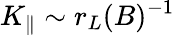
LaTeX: K_{\parallel}\sim r_{L}(B)^{-1}